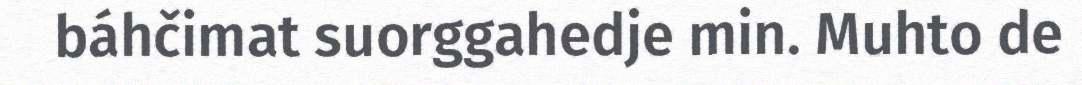
báhčimat suorggahedje min. Muhto de